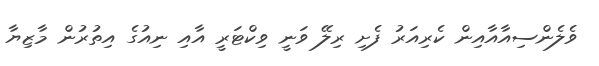
ވެލެންސިއާއާއިން ކެރިއަރު ފެށި ރިލޭ ވަނީ ވިކްޓަރީ އާއި ނިއުގެ އިތުރުން މާޒިޔާ